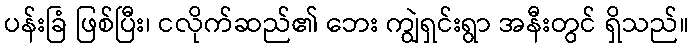
ပန်းခြံ ဖြစ်ပြီး၊ ငလိုက်ဆည်၏ ဘေး ကျွဲရှင်းရွာ အနီးတွင် ရှိသည်။